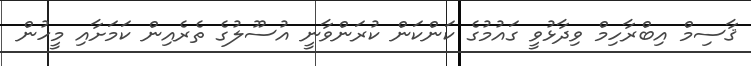
ޤާސިމް އިބްރާހިމް ވިދާޅުވީ ގައުމުގެ ކަންކަން ކުރަންވާނީ އުސޫލުގެ ތެރެއިން ކަމަށާއި މީހުން